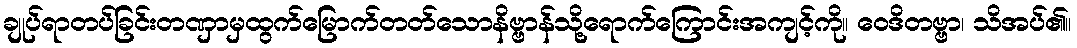
ချုပ်ရာတပ်ခြင်းတဏှာမှထွက်မြောက်တတ်သောနိဗ္ဗာန်သို့ရောက်ကြောင်းအကျင့်ကို။ ဝေဒိတဗ္ဗာ၊ သိအပ်၏။